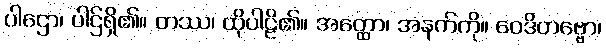
ပါဌော၊ ပါဌ်ရှိ၏။ တဿ၊ ထိုပါဠိ၏။ အတ္ထော၊ အနက်ကို။ ဝေဒိတဗ္ဗော၊